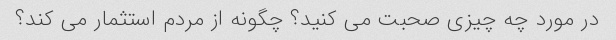
در مورد چه چیزی صحبت می کنید؟ چگونه از مردم استثمار می کند؟